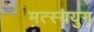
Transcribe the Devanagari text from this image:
मत्स्ययुग